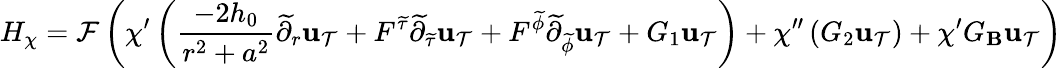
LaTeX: H_{\chi}=\mathcal{F}\left(\chi^{\prime}\left(\frac{-2h_{0}}{r^{2}+a^{2}}\widetilde{\partial}_{r}{\mathbf{u}_{\mathcal{T}}}+F^{{\widetilde{\tau}}}\widetilde{\partial}_{{\widetilde{\tau}}}{\mathbf{u}_{\mathcal{T}}}+F^{{\widetilde{\phi}}}\widetilde{\partial}_{{\widetilde{\phi}}}{\mathbf{u}_{\mathcal{T}}}+G_{1}{\mathbf{u}_{\mathcal{T}}}\right)+\chi^{\prime\prime}\left(G_{2}{\mathbf{u}_{\mathcal{T}}}\right)+\chi^{\prime}G_{{\mathbf B}}{\mathbf{u}_{\mathcal{T}}}\right)